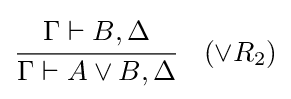
{\cfrac {\Gamma \vdash B,\Delta }{\Gamma \vdash A\lor B,\Delta }}\quad ({\lor }R_{2})